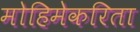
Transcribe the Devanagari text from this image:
मोहिमेकरिता